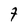
Character: F